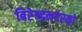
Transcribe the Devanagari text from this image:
बिरेन्द्रनगरको